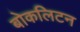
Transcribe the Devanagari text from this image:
बोकलिटन